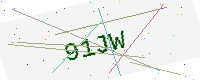
Text: 91JW